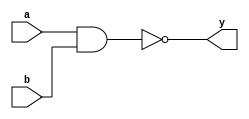
`timescale 1ns / 1ps
//////////////////////////////////////////////////////////////////////////////////
// Company: 
// Engineer: 
// 
// Design Name: 
// Module Name: nand_gate
// Project Name: 
// Target Devices: 
// Tool Versions: 
// Description: 
// 
// Dependencies: 
// 
// Revision:
// Revision 0.01 - File Created
// Additional Comments:
// 
//////////////////////////////////////////////////////////////////////////////////

module nand_gate(a,b,y);
input a,b;
output y;

assign y=!(a&b);

endmodule